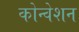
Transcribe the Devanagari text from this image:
कोन्वेशन